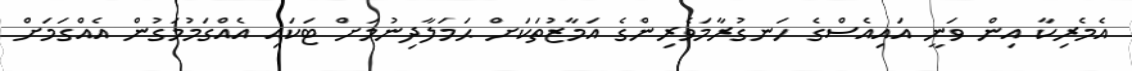
އެމެރިކާ އިން ވަނީ އައިއެސްގެ ހަނގުރާމަވެރިންގެ އަމާޒުތަކަށް ޙަމަލާދިނުމަށް ޓަކައި އެއްގަމުމަގުން އެއްގަމަށް